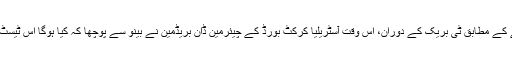
قصے کے مطابق ٹی بریک کے دوران، اس وقت آسٹریلیا کرکٹ بورڈ کے چیئرمین ڈان بریڈمین نے بینو سے پوچھا کہ کیا ہوگا اس ٹیسٹ میں؟